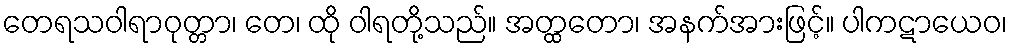
တေရသဝါရာဝုတ္တာ၊ တေ၊ ထို ဝါရတို့သည်။ အတ္ထတော၊ အနက်အားဖြင့်။ ပါကဋာယေဝ၊